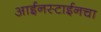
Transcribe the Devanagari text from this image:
आईनस्टाईनचा